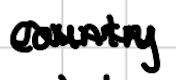
Text: country
Cross-out: mix
Writing tool: digital_black